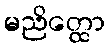
မညိတ္ထော